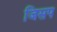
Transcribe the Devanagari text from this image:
जिसप